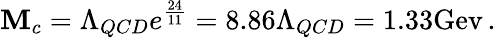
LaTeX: \mathbf{M}_{c}=\Lambda_{QCD}e^{\frac{{24}}{{11}}}=8.86\Lambda_{QCD}=1.33\mathrm{{Gev}}\, .